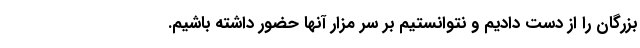
بزرگان را از دست دادیم و نتوانستیم بر سر مزار آنها حضور داشته باشیم.